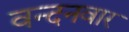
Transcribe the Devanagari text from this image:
वन्‍दनवार